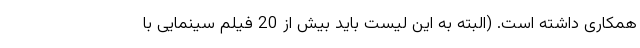
همکاری داشته است. (البته به این لیست باید بیش از 20 فیلم سینمایی با